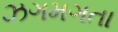
ઝગમગતા